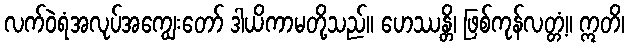
လက်ဝဲရံအလုပ်အကျွေးတော် ဒါယိကာမတို့သည်။ ဟေဿန္တိ၊ ဖြစ်ကုန်လတ္တံ့။ ဣတိ၊